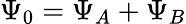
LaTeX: \Psi_{0}=\Psi_{A}+\Psi_{B}